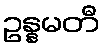
ဥန္နမတီ